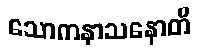
သောကနာသနောတိ